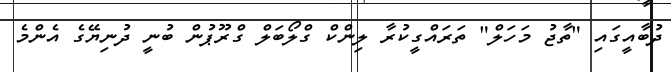
ދުބާއީގައި "ތާޖު މަހަލް" ތަރައްގީކުރާ ލިންކް ގްލޯބަލް ގްރޫޕުން ބުނީ ދުނިޔޭގެ އެންމެ